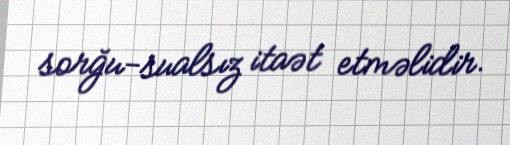
sorğu-sualsız itaət etməlidir.